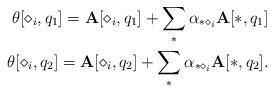
LaTeX: \begin{align*} \mathbf{\theta}[\diamond_i, q_1]= \mathbf{A}[\diamond_i ,q_1] + \sum_{*}{\alpha_{* \diamond_i} \mathbf{A}[* ,q_1]} \\ \mathbf{\theta}[\diamond_i ,q_2]= \mathbf{A}[\diamond_i, q_2] + \sum_{*}{\alpha_{* \diamond_i} \mathbf{A}[*, q_2]}. \end{align*}